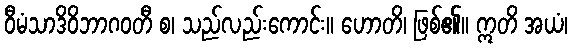
ဝီမံသာဒိဝိဘာဂဝတီ စ၊ သည်လည်းကောင်း။ ဟောတိ၊ ဖြစ်၏။ ဣတိ အယံ၊